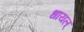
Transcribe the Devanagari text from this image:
धायल्